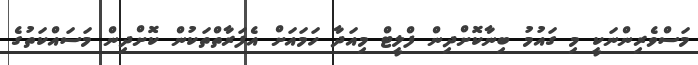
މަސްވެރިންނަކީ މި ގައުމު ބިނާކޮށްދިން ފްލީޓް މިއަދާ ހަމައަށް އެފަރާތްތަކުން ކޮށްދިން މަސައްކަތުގެ